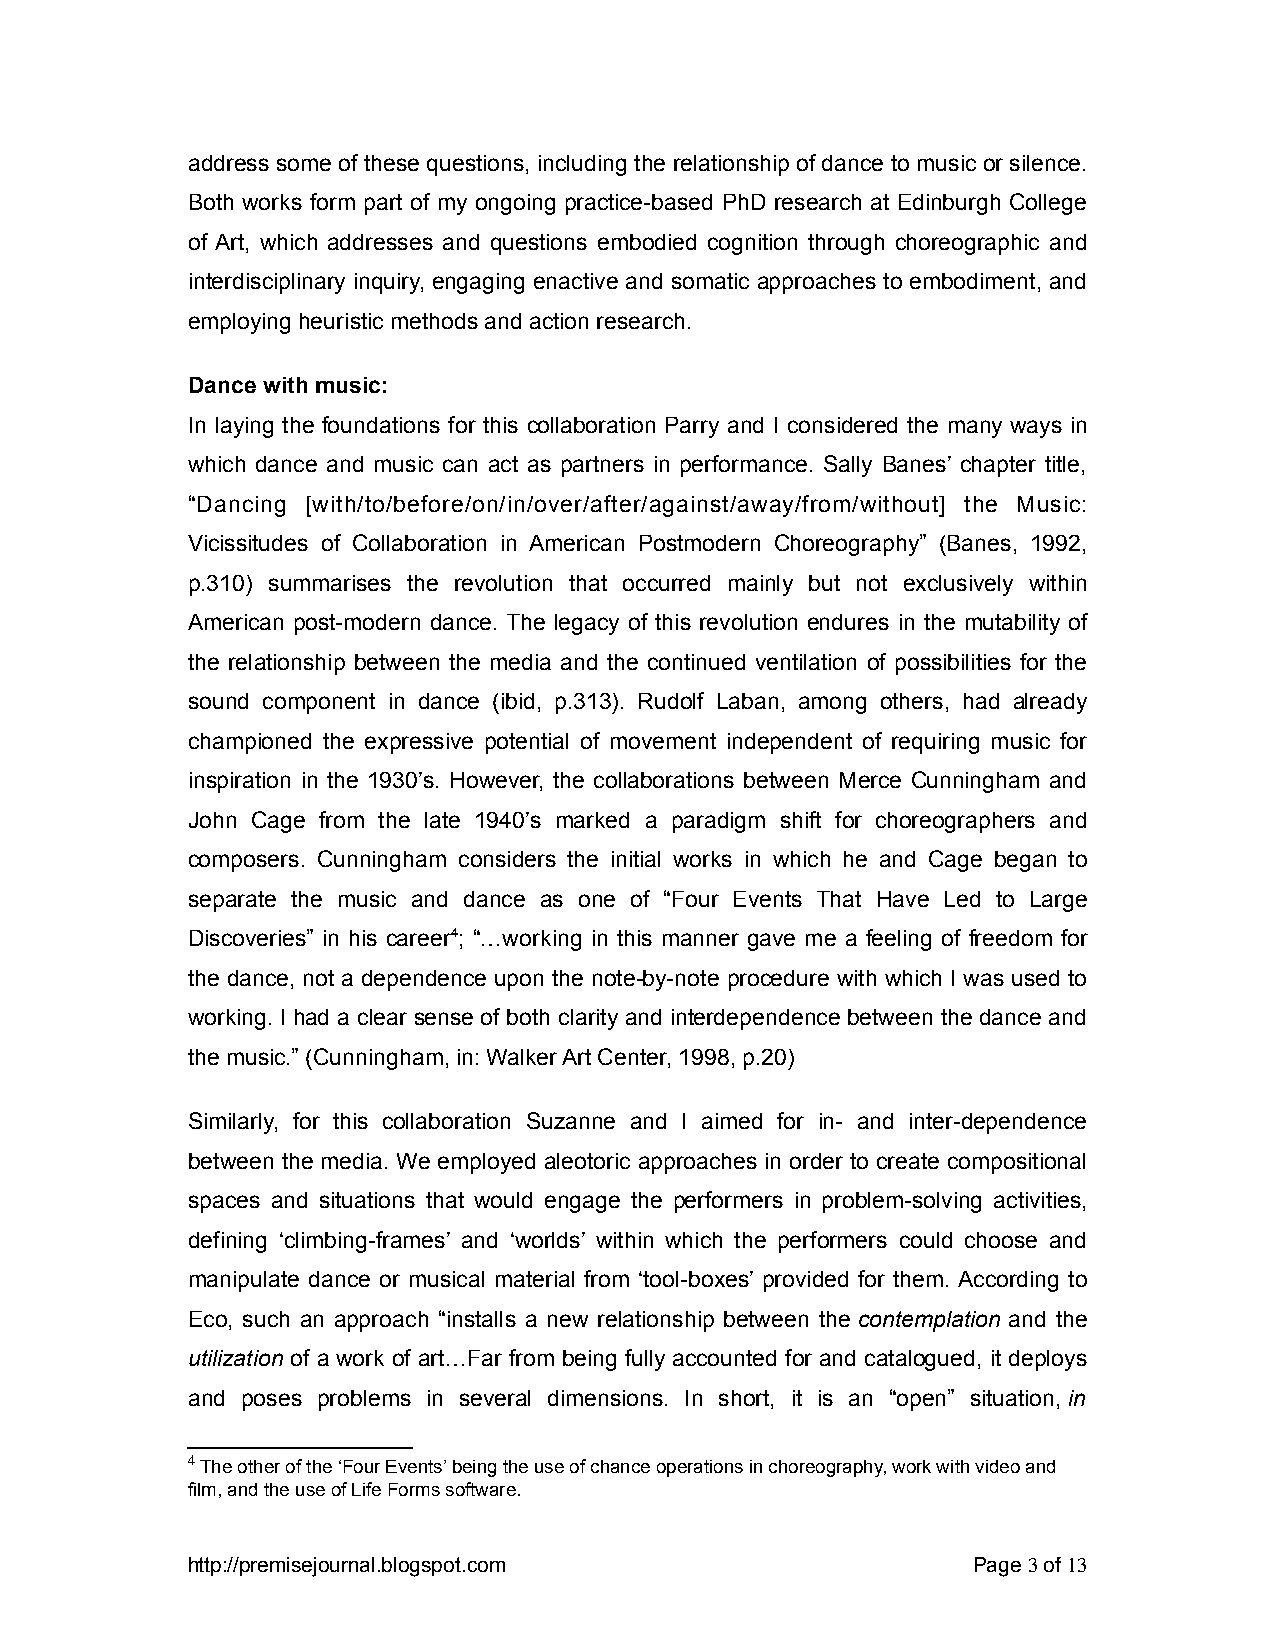
address some of these questions, including the relationship of dance to music or silence.
 Both works form part of my ongoing practice-based PhD research at Edinburgh College
 of Art, which addresses and questions embodied cognition through choreographic and
 interdisciplinary inquiry, engaging enactive and somatic approaches to embodiment, and
 employing heuristic methods and action research.
 Dance with music:
 In laying the foundations for this collaboration Parry and I considered the many ways in
 which dance and music can act as partners in performance. Sally Banes’ chapter title,
 “Dancing [with/to/before/on/in/over/after/against/away/from/without] the Music:
 Vicissitudes of Collaboration in American Postmodern Choreography” (Banes, 1992,
 p.310) summarises the revolution that occurred mainly but not exclusively within
 American post-modern dance. The legacy of this revolution endures in the mutability of
 the relationship between the media and the continued ventilation of possibilities for the
 sound component in dance (ibid, p.313). Rudolf Laban, among others, had already
 championed the expressive potential of movement independent of requiring music for
 inspiration in the 1930’s. However, the collaborations between Merce Cunningham and
 John Cage from the late 1940’s marked a paradigm shift for choreographers and
 composers. Cunningham considers the initial works in which he and Cage began to
 separate the music and dance as one of “Four Events That Have Led to Large
 Discoveries” in his career4; “…working in this manner gave me a feeling of freedom for
 the dance, not a dependence upon the note-by-note procedure with which I was used to
 working. I had a clear sense of both clarity and interdependence between the dance and
 the music.” (Cunningham, in: Walker Art Center, 1998, p.20)
 Similarly, for this collaboration Suzanne and I aimed for in- and inter-dependence
 between the media. We employed aleotoric approaches in order to create compositional
 spaces and situations that would engage the performers in problem-solving activities,
 defining ‘climbing-frames’ and ‘worlds’ within which the performers could choose and
 manipulate dance or musical material from ‘tool-boxes’ provided for them. According to
 Eco, such an approach “installs a new relationship between the contemplation and the
 utilization of a work of art…Far from being fully accounted for and catalogued, it deploys
 and poses problems in several dimensions. In short, it is an “open” situation, in
 4 The other of the ‘Four Events’ being the use of chance operations in choreography, work with video and
 film, and the use of Life Forms software.
 http://premisejournal.blogspot.com                  Page 3 of 13